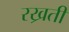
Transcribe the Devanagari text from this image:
रख्रती